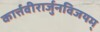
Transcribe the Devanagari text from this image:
कार्त्तवीरार्जुनविजयम्